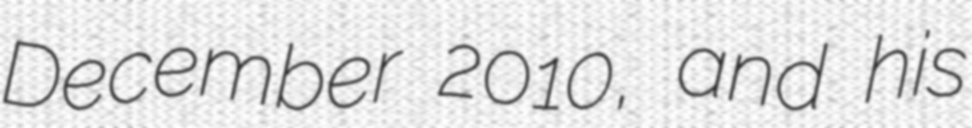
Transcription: December 2010, and his